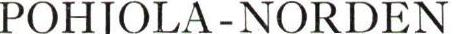
POHJOLA-NORDEN